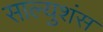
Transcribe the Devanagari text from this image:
साल्युशंस